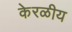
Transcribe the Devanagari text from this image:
केरळीय